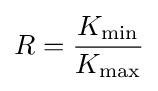
R={K_{\text{min}} \over K_{\text{max}}}